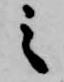
之